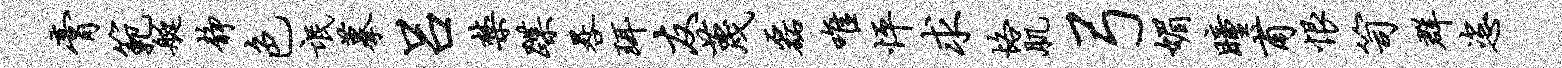
膏范艇静色氓摹吕禁蹀晷珥友蔑磊唯怦求恪肌弓媚瞳甫恨笥群恣